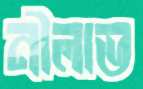
নীলাভ